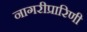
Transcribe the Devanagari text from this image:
नागरीप्रारिणी